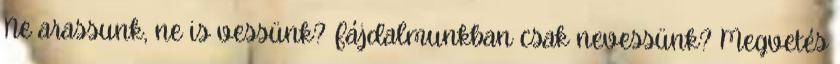
Ne arassunk, ne is vessünk? Fájdalmunkban csak nevessünk? Megvetés